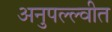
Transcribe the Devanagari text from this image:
अनुपल्ल्वीत